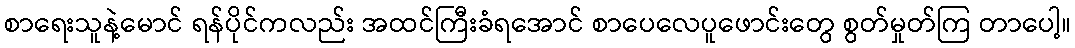
စာရေးသူနဲ့မောင် ရန်ပိုင်ကလည်း အထင်ကြီးခံရအောင် စာပေလေပူဖောင်းတွေ စွတ်မှုတ်ကြ တာပေါ့။